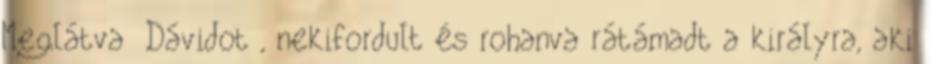
Meglátva Dávidot , nekifordult és rohanva rátámadt a királyra, aki